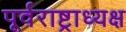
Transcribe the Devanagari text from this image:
पूर्वराष्ट्राध्यक्ष